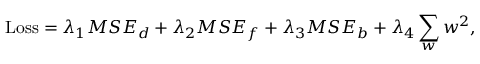
\operatorname { L o s s } = \lambda _ { 1 } M S E _ { d } + \lambda _ { 2 } M S E _ { f } + \lambda _ { 3 } M S E _ { b } + \lambda _ { 4 } \sum _ { w } w ^ { 2 } ,